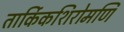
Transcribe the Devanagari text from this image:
तार्किकशिरोमणि